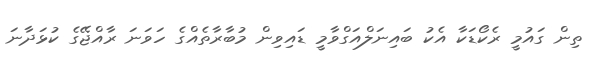
ތިން ގައުމީ ރެކޯޑަކާ އެކު ބައިނަލްއަގްވާމީ ޑައިވިން މުބާރާތެއްގެ ހަވަނަ ރާއްޖޭގެ ކުޅަދާނަ